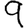
Digit: 9